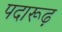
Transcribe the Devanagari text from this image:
पदारूढ़